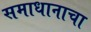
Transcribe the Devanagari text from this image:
समाधानाचा